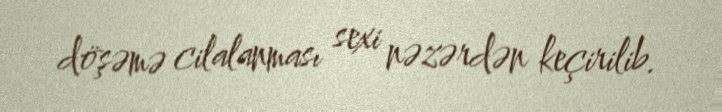
döşəmə cilalanması sexi nəzərdən keçirilib.